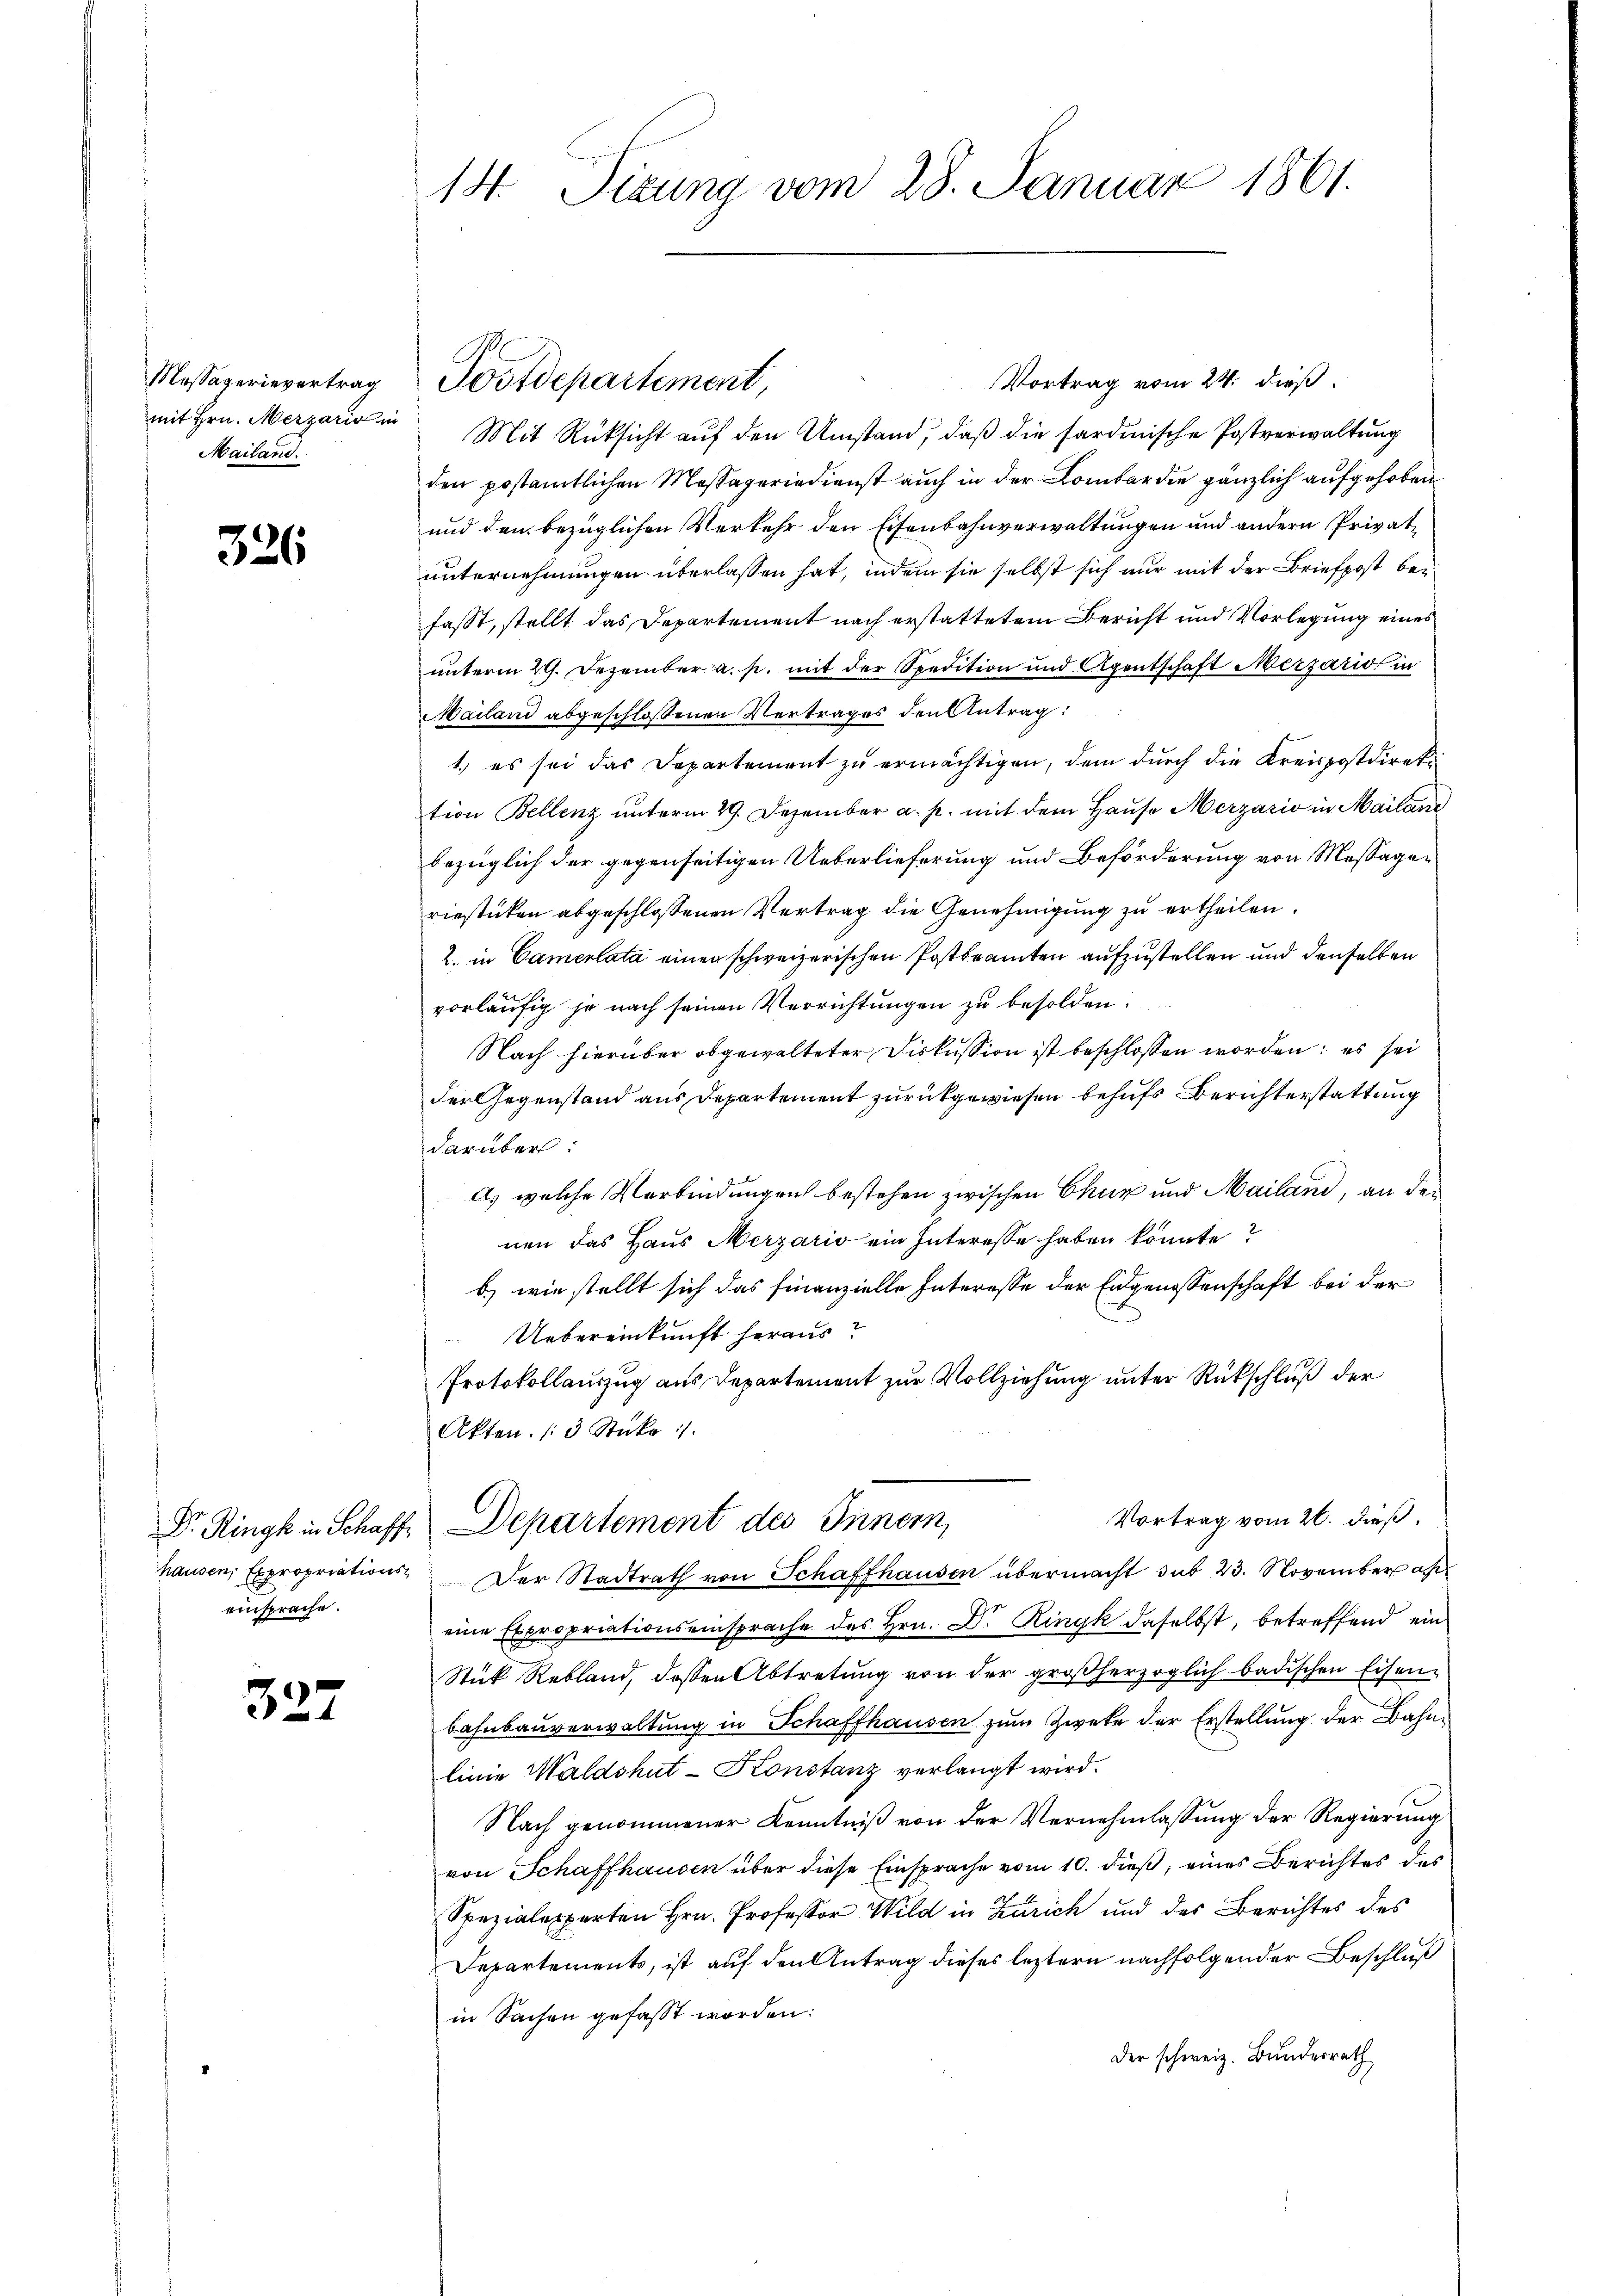
Massaverievertrag
mit Hrn. Merzario in
Mailand.

326

einsprache.

327

14. Titung vom 28. Januar 1861.

Postdepartement,

Vortrag vom 24. dieß.
Mit Rücksicht auf den Umstand, daß die sardinische Postverwaltung
den postamtlichen Massageriedienst auch in der Lombar die gänzlich aufgehoben
und den bezüglichen Verkehr den Eisenbahnverwaltungen und andern Privatunternehmungen überlassen hat, indem sie selbst sich nur mit der Briefpost befasst, stellt das Departement nach erstattetem Bericht und Vorlegung eines
unterm 29. Dezember a. p. mit der Spedition und Agentschaft Merzario in
Mailand abgeschlossenen Vertrages den Antrag:
1.) es sei das Departement zu ermächtigen, dem durch die Kreispostdiretition Bellenz unterm 29. Dezember a. p. mit dem Hause Merzario in Mailand
bezüglich der gegenseitigen Ueberlieferung und Beförderung von Mossageriestücken abgeschlossenen Vertrag die Genehmigung zu ertheilen.
2. in Camerlata einen schweizerischen Postbeamten aufzustellen und denselben
vorläufig je nach seinen Verrichtungen zu besolden.
Nach hierüber obgewalteter Diskussion ist beschlossen worden; es sei
der Gegenstand aus Departement zurückgewiesen behufs Berichterstattung
darüber:
a) welche Verbindungen bestehen zwischen Chur und Mailand, an dei
nen das Haus Merzario ein Interesse haben könnte?
b.) wie stellt sich das finanzielle Interesse der Eidgenossenschaft bei der
Uebereinkunft heraus?
Protokollauszug aus Departement zur Vollziehung unter Rückschluß der
Akten. /3 Stüke :/
Vortrag vom 26. dieß.
Dr. Ringk in Schaffe Departement des Innern,
hausen, Expropriations- Der Stadtrath von Schaffhausen übermacht sub 23. November a
eine Expropriationseinsprache des Hrn. Dr. Ringk daselbst, betreffend ein
Stück Rebland, dessen Abtretung von der großherzoglich badischen Eisenbahnbauverwaltung in Schaffhausen zum Zweke der Erstellung der Bahnlinie Waldshut-Konstanz verlangt wird.
Nach genommener Kenntniß von der Vernehmlassung der Regierung
von Schaffhausen über diese Einsprache vom 10. dieß, eines Berichtes des
Spezialexperten Hrn. Professor Wild in Zürich und des Berichtes des
Departements, ist auf den Antrag dieses leztern nachfolgender Beschluß
in Sachen gefasst worden:
Der schweiz. Bundesrath